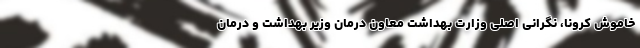
خاموش کرونا، نگرانی اصلی وزارت بهداشت معاون درمان وزیر بهداشت و درمان